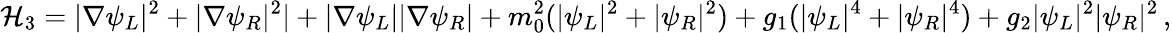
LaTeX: {\cal H}_{3}=|\nabla\psi_{L}|^{2}+|\nabla\psi_{R}|^{2}|+|\nabla\psi_{L}||\nabla\psi_{R}|+m_{0}^{2}(|\psi_{L}|^{2}+|\psi_{R}|^{2})+g_{1}(|\psi_{L}|^{4}+|\psi_{R}|^{4})+g_{2}|\psi_{L}|^{2}|\psi_{R}|^{2}\, ,